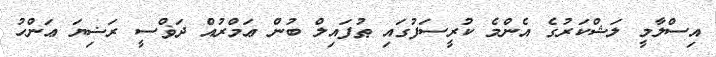
އިސްލާމީ ލަޝްކަރުގެ އެންމެ ކުރީސަފުގައި ޠުފައިލް ބުން ޢަމްރުއް ދަޥްސީ ރަޟިޔަ ޢަންހު